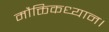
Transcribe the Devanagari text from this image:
मौक्तिकध्यान।